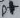
Text: D+